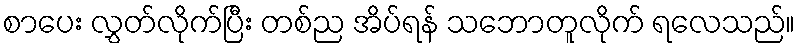
စာပေး လွှတ်လိုက်ပြီး တစ်ည အိပ်ရန် သဘောတူလိုက် ရလေသည်။